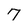
Character: 7